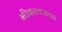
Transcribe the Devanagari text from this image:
सचिवालयाजवळ